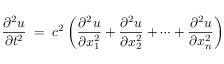
{ \frac { \partial ^ { 2 } u } { \partial t ^ { 2 } } } \; = \; c ^ { 2 } \left( { \frac { \partial ^ { 2 } u } { \partial x _ { 1 } ^ { 2 } } } + { \frac { \partial ^ { 2 } u } { \partial x _ { 2 } ^ { 2 } } } + \cdots + { \frac { \partial ^ { 2 } u } { \partial x _ { n } ^ { 2 } } } \right)